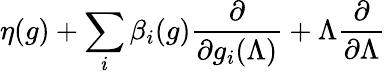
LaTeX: \eta(g)+\sum_{i}\beta_{i}(g)\frac{\partial}{\partial g_{i}(\Lambda)}+\Lambda\frac{\partial}{\partial\Lambda}